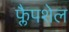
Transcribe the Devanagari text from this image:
फ्लैपशेल